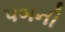
પબની